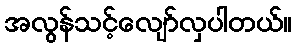
အလွန်သင့်လျော်လှပါတယ်။